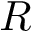
R